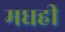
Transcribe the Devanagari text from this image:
मधही